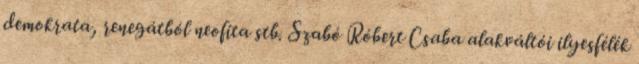
demokrata, renegátból neofita stb. Szabó Róbert Csaba alakváltói ilyesfélék